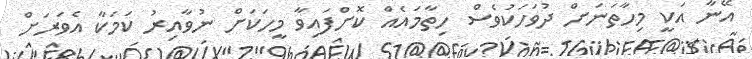
އޭނާ އަކީ މިހާތަނަށް ދުވަހަކުވެސް ހިތާމައެއް ކޮށްފައިވާ މީހަކަށް ނުވާއިރު ކަމަކާ އެވަރަށް